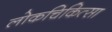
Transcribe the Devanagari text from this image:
लोकचिकित्सा